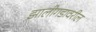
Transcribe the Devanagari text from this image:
झालीगडावरील